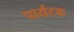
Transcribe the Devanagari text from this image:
पार्यटक